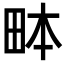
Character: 𤱙